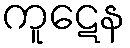
ကူဋေန